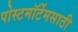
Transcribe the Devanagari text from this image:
पोस्टमॉर्टेमसाठी